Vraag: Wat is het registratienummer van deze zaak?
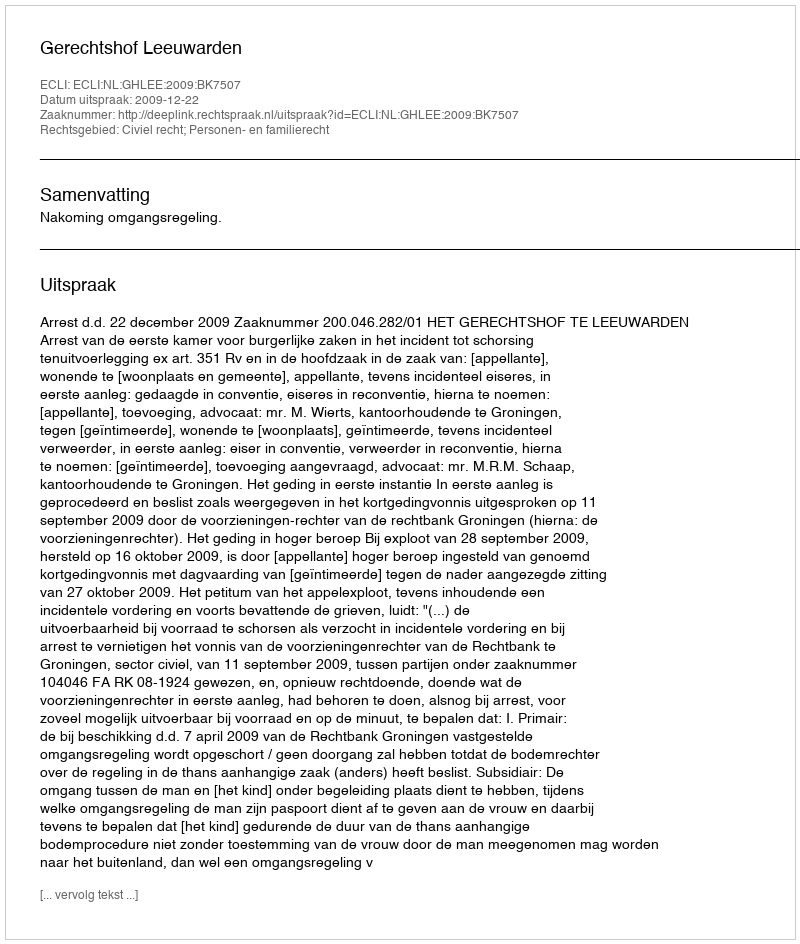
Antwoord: http://deeplink.rechtspraak.nl/uitspraak?id=ECLI:NL:GHLEE:2009:BK7507